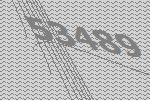
53489